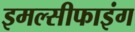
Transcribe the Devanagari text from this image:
इमल्सीफाइंग